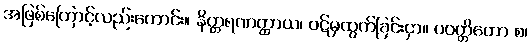
အဖြစ်ကြောင့်လည်းကောင်း။ နိတ္တရဏတ္ထာယ၊ ဝဋ်မှထွက်ခြင်းငှာ။ ပဝတ္တိတော စ၊